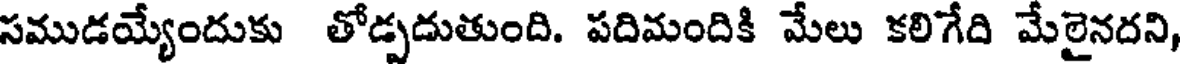
సముడయ్యేందుకు తోడ్పదుతుంది. పదిమందికి మేలు కలిగేది మేలైనదని,